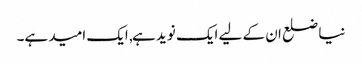
نیا ضلع ان کے لیے ایک نوید ہے, ایک امید ہے۔